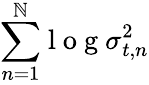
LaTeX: {\sum_{n=1}^{\mathbb{N}}}\mathrm{{~l~o~g~}}\sigma_{t,n}^{2}